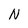
Character: N